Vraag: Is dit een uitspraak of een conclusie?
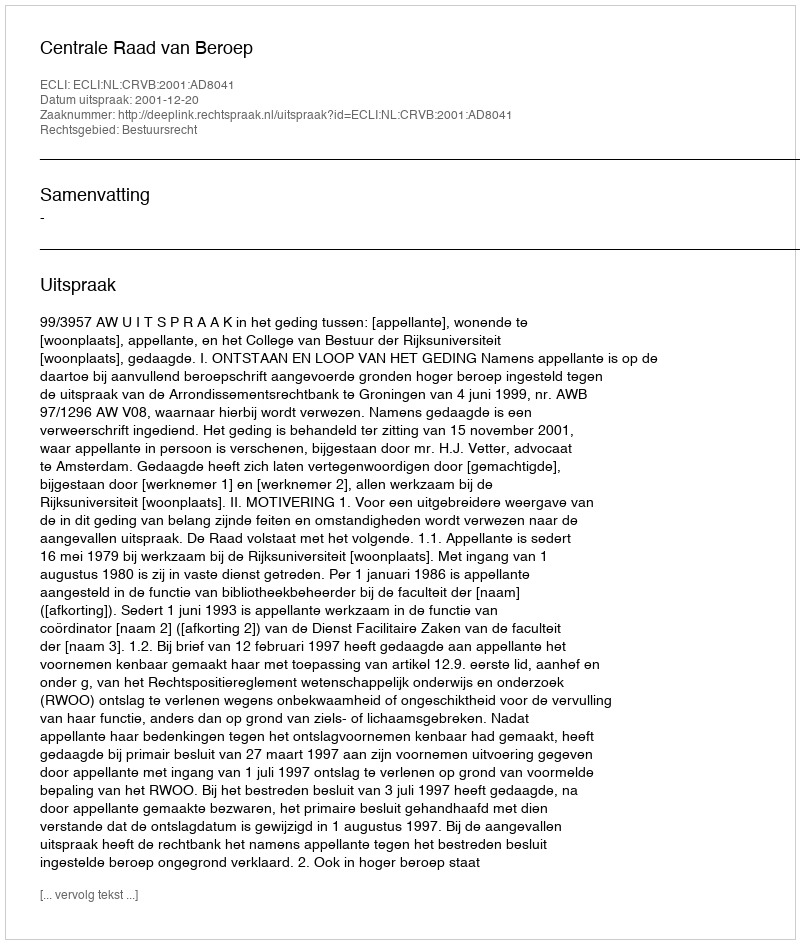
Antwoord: Uitspraak